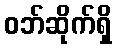
ဝဘ်ဆိုက်ရှိ